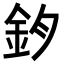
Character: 𨥘